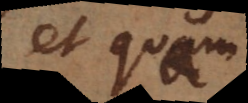
et quam